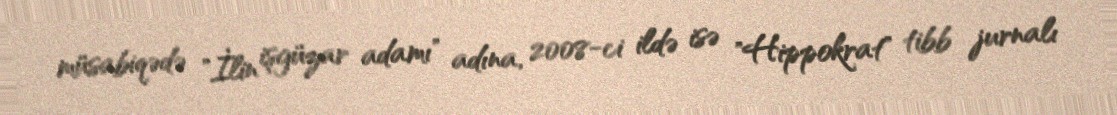
müsabiqədə "İlin işgüzar adamı" adına, 2008-ci ildə isə "Hippokrat" tibb jurnalı